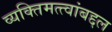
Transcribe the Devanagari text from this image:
व्यक्तिमत्त्वांबद्दल